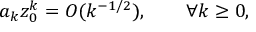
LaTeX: a _ { k } z _ { 0 } ^ { k } = O ( k ^ { - 1 / 2 } ) , \qquad \forall k \geq 0 ,